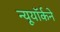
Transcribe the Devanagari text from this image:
न्यूयॉर्कने